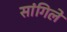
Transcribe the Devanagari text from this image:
सांगिले